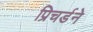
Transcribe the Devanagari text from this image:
प्रिचर्डने